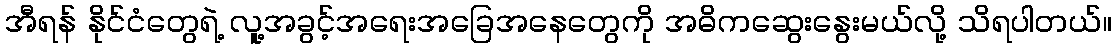
အီရန် နိုင်ငံတွေရဲ့ လူ့အခွင့်အရေးအခြေအနေတွေကို အဓိကဆွေးနွေးမယ်လို့ သိရပါတယ်။